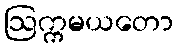
ဩက္ကမယတော